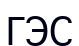
ГЭС